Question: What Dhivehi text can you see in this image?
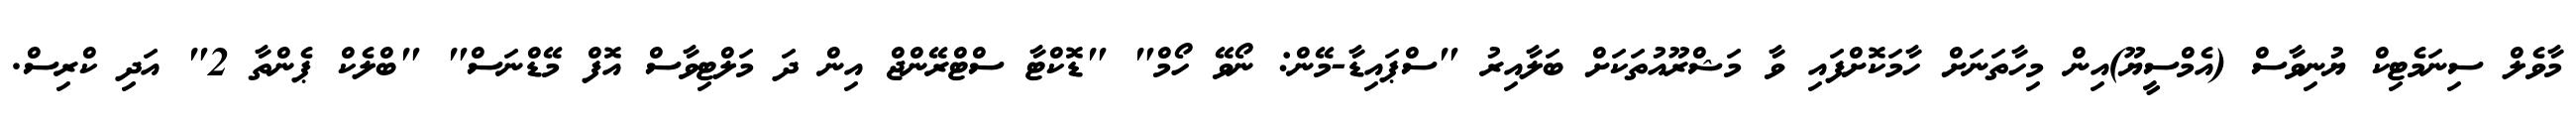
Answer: މާވެލް ސިނަމެޓިކް ޔުނިވާސް (އެމްސީޔޫ)އިން މިހާތަނަށް ހާމަކޮށްފައި ވާ މަޝްރޫއުތަކަށް ބަލާއިރު "ސްޕައިޑާ-މޭން: ނޯވޭ ހޯމް" "ޑޮކްޓާ ސްޓްރޭންޖް އިން ދަ މަލްޓިވާސް އޮފް މޭޑްނަސް" "ބްލެކް ޕެންތާ 2" އަދި ކްރިސް.